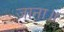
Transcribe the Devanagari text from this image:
जाना॥